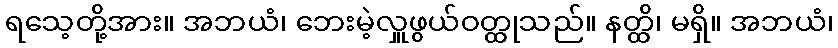
ရသေ့တို့အား။ အဘယံ၊ ဘေးမဲ့လှူဖွယ်ဝတ္ထုသည်။ နတ္ထိ၊ မရှိ။ အဘယံ၊